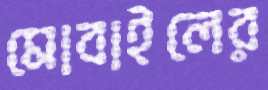
মোবাইলের